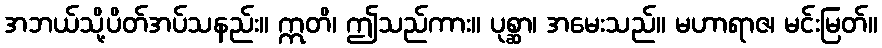
အဘယ်သို့ပိတ်အပ်သနည်း။ ဣတိ၊ ဤသည်ကား။ ပုစ္ဆာ၊ အမေးသည်။ မဟာရာဇ၊ မင်းမြတ်။